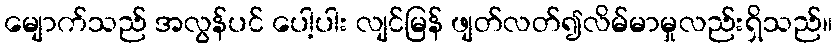
မျောက်သည် အလွန်ပင် ပေါ့ပါး လျင်မြန် ဖျတ်လတ်၍လိမ်မာမှုလည်းရှိသည်။